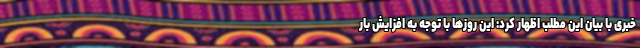
خبری با بیان این مطلب اظهار کرد: این روزها با توجه به افزایش بار